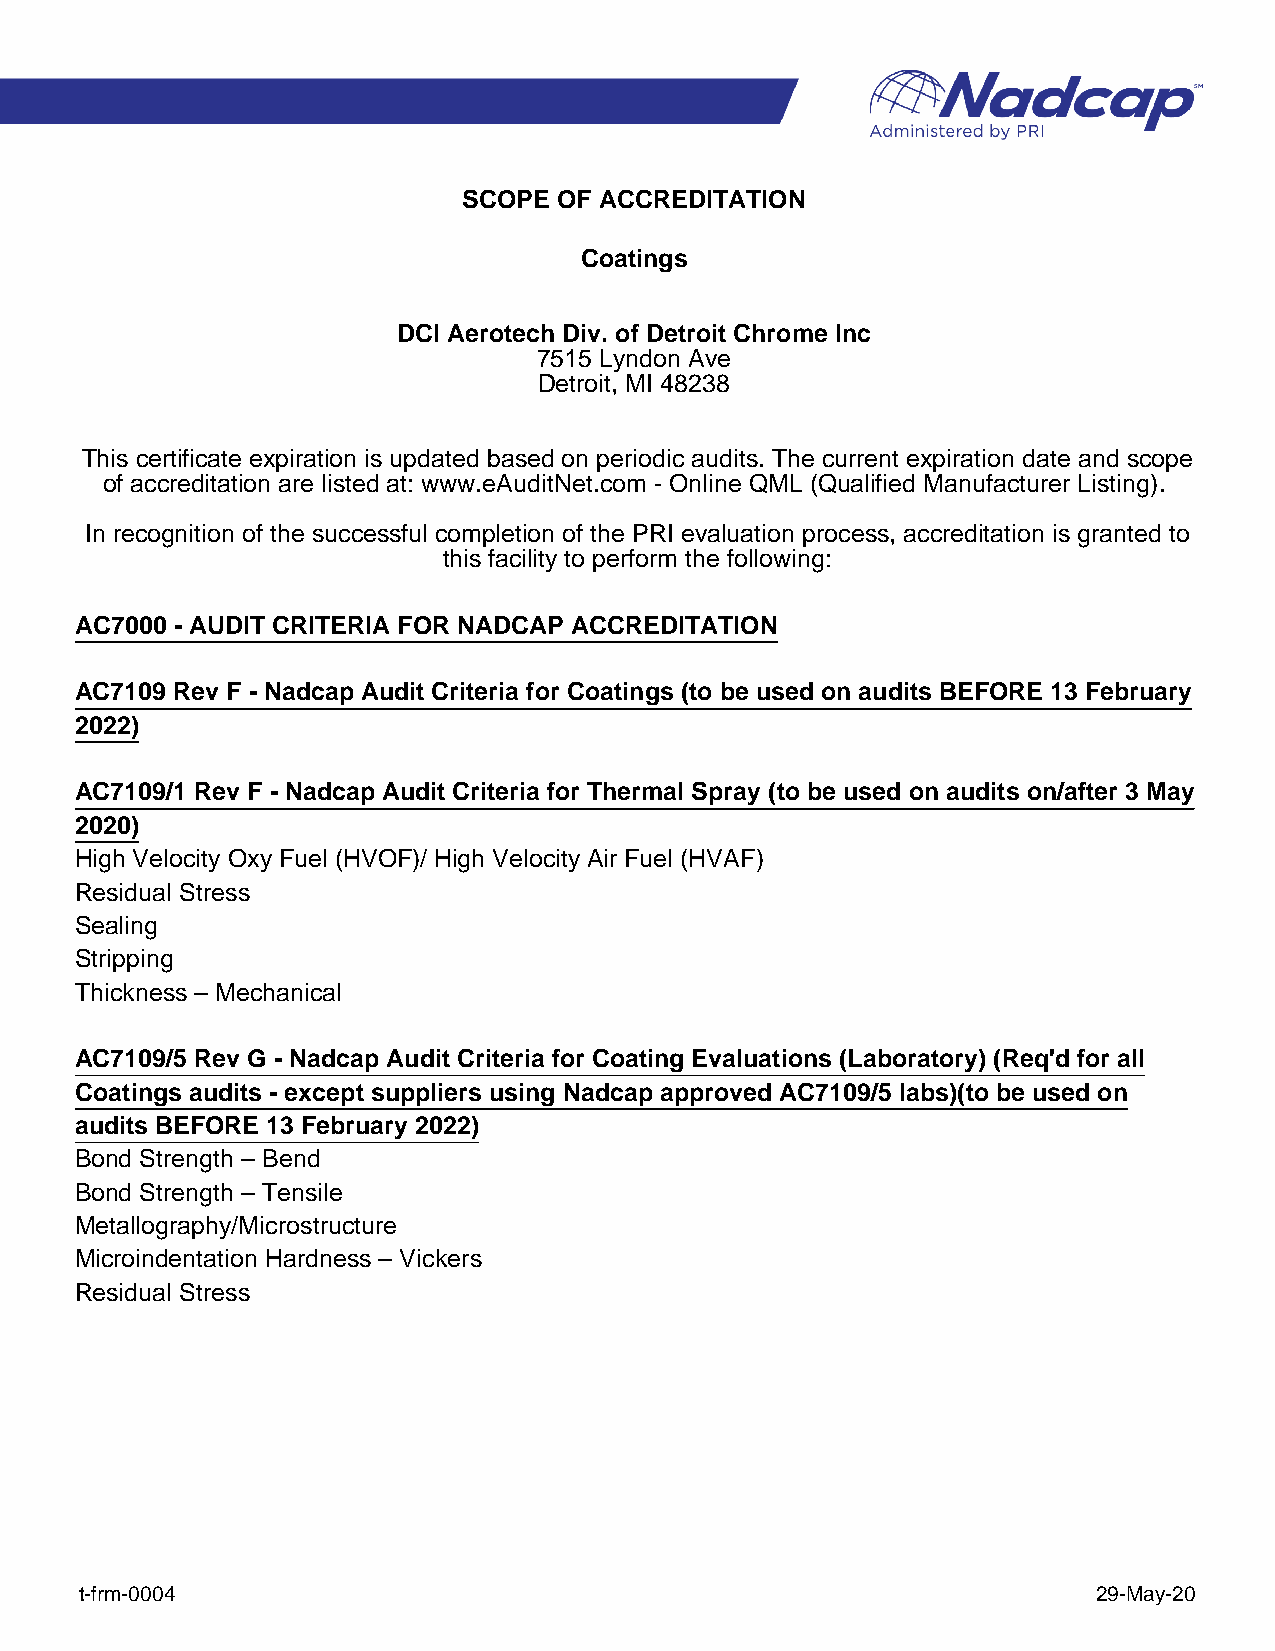
SCOPE OF ACCREDITATION
 Coatings
 DCI Aerotech Div. of Detroit Chrome Inc
 7515 Lyndon Ave
 Detroit, MI 48238
 This certificate expiration is updated based on periodic audits. The current expiration date and scope
 of accreditation are listed at: www.eAuditNet.com - Online QML (Qualified Manufacturer Listing).
 In recognition of the successful completion of the PRI evaluation process, accreditation is granted to
 this facility to perform the following:
 AC7000 - AUDIT CRITERIA FOR NADCAP ACCREDITATION
 AC7109 Rev F - Nadcap Audit Criteria for Coatings (to be used on audits BEFORE 13 February
 2022)
 AC7109/1 Rev F - Nadcap Audit Criteria for Thermal Spray (to be used on audits on/after 3 May
 2020)
 High Velocity Oxy Fuel (HVOF)/ High Velocity Air Fuel (HVAF)
 Residual Stress
 Sealing
 Stripping
 Thickness – Mechanical
 AC7109/5 Rev G - Nadcap Audit Criteria for Coating Evaluations (Laboratory) (Req'd for all
 Coatings audits - except suppliers using Nadcap approved AC7109/5 labs)(to be used on
 audits BEFORE 13 February 2022)
 Bond Strength – Bend
 Bond Strength – Tensile
 Metallography/Microstructure
 Microindentation Hardness – Vickers
 Residual Stress
 t-frm-0004                                                          29-May-20